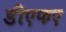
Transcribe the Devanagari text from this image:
डीएफए